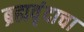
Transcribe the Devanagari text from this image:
ब्रह्मवृंदाचा